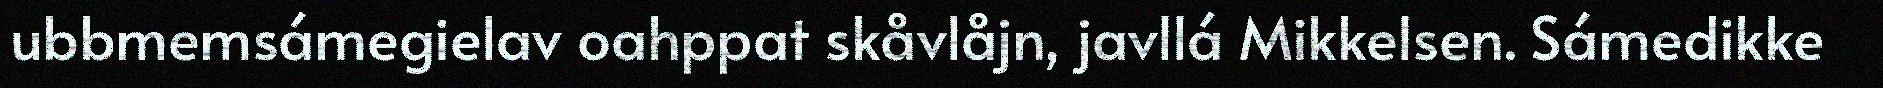
ubbmemsámegielav oahppat skåvlåjn, javllá Mikkelsen. Sámedikke